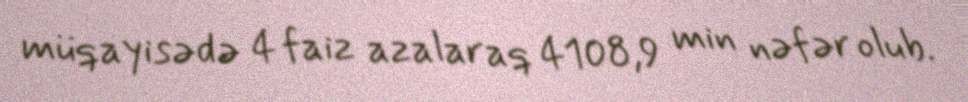
müqayisədə 4 faiz azalaraq 4108,9 min nəfər olub.